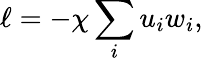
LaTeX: \ell=-\chi\sum_{i}u_{i}w_{i},